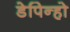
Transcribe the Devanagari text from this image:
डेपिन्हो